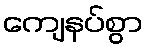
ကျေနပ်စွာ